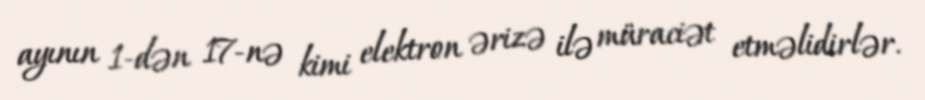
ayının 1-dən 17-nə kimi elektron ərizə ilə müraciət etməlidirlər.